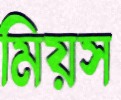
মিয়স